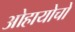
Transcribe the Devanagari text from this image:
ओहायोचो